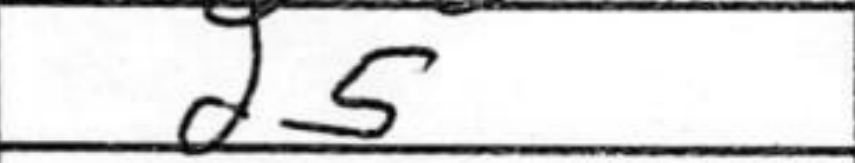
Transcription: d5